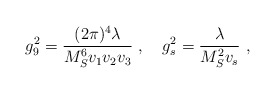
\begin{align*}g_9^{2} = {{(2 \pi)^4 \lambda} \over {M_S^6 v_1 v_2 v_3}}~, ~~~g_s^{2} = {\lambda \over {M_S^2 v_s}}~,\end{align*}